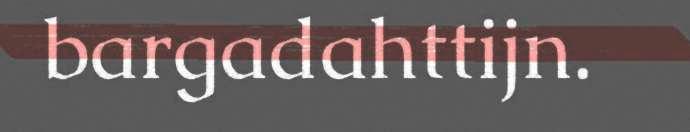
bargadahttijn.